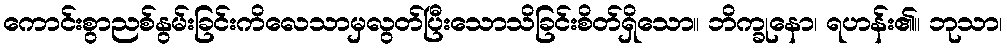
ကောင်းစွာညစ်နွမ်းခြင်းကိလေသာမှလွတ်ပြီးသောသိခြင်းစိတ်ရှိသော။ ဘိက္ခုနော၊ ရဟန်း၏။ ဘုသာ၊